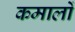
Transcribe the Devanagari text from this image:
कमालों